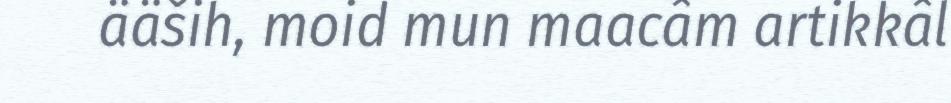
ääših, moid mun maacâm artikkâl